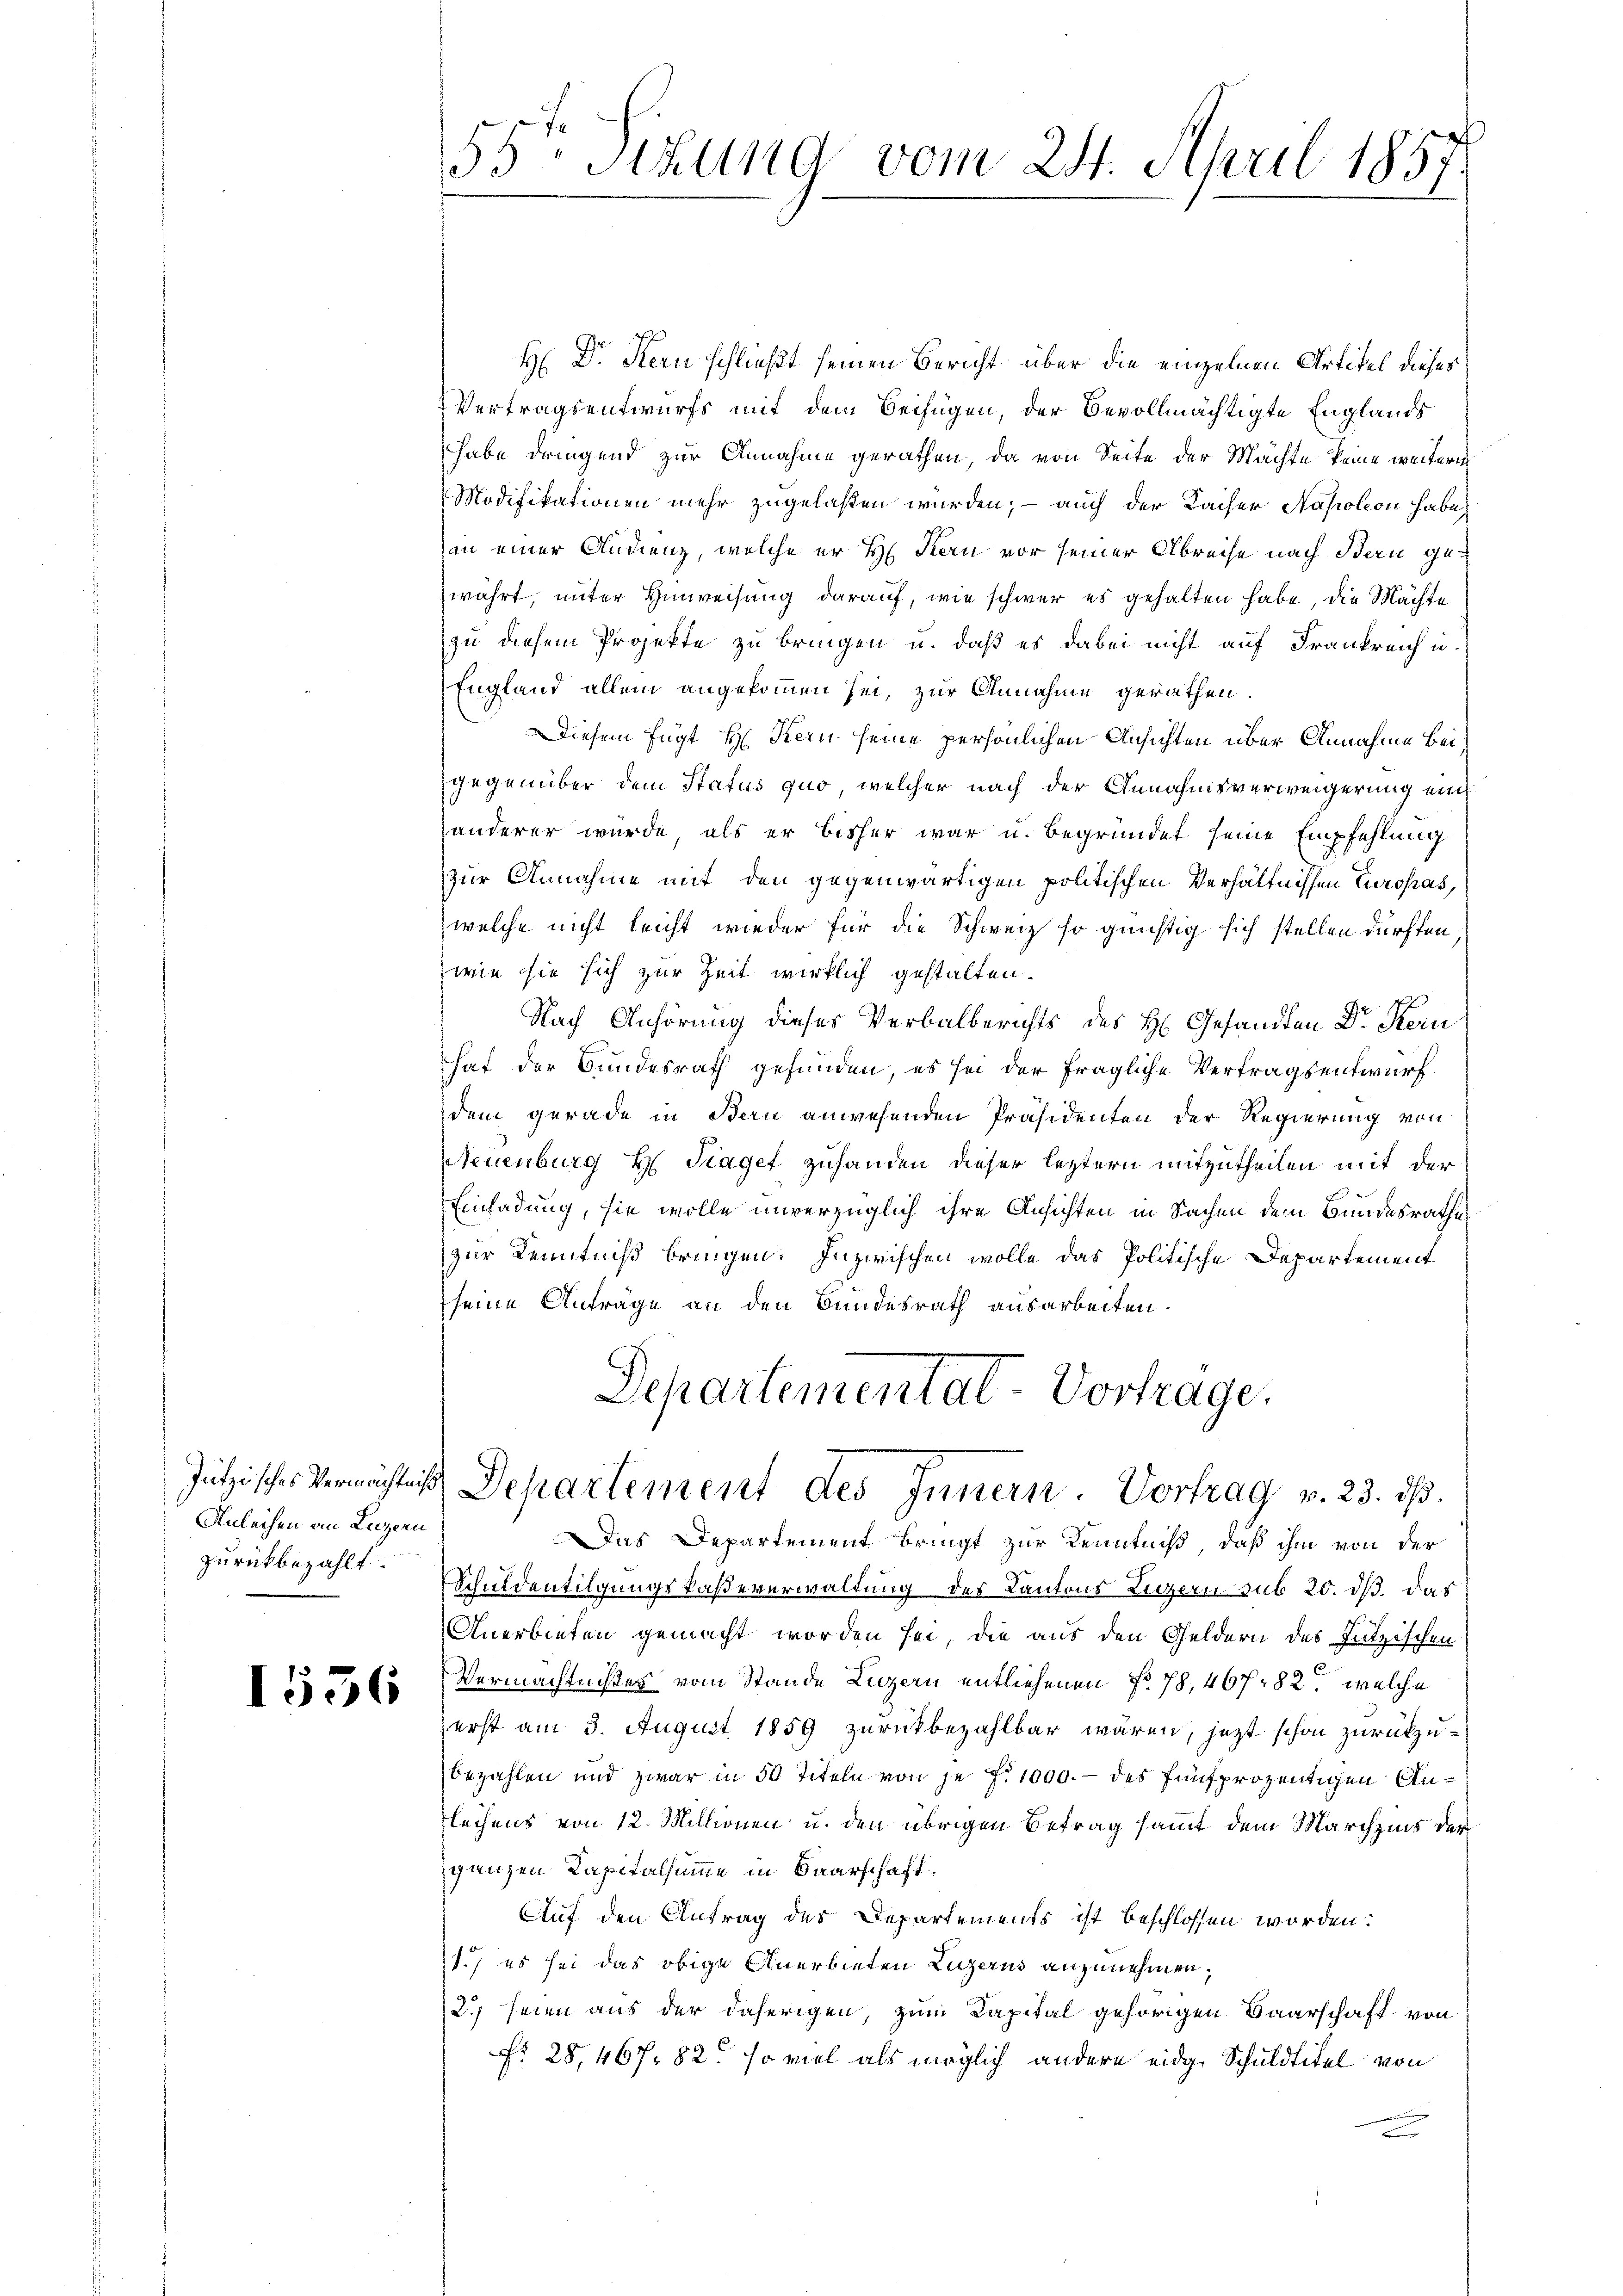
Anleihen an Luzern
zurückbezahlt.

1536

H Dr. Kern schließt seinen Bericht über die einzelnen Artikel dieses
Vertragsentwurfs mit dem Beifügen, der Bevollmächtigte Englands
habe dringend zur Annahme gerathen, da von Seite der Mächte keine weitere
Modifikationen mehr zugelaßen wurden; – auch der Kaiser Napoleon habe,
an einer Audienz, welche er H. Kern vor seiner Abreise nach Bern gewährt, unter Hinweisung darauf, wie schwer es gehalten habe, die Mächte
zu diesem Projekte zu bringen u. daß es dabei nicht auf Frankreich u.
England allein angekommen sei, zur Annahme gerathen.
Diesem fügt Hr. Kern seine persönlichen Ansichten über Annahme bei
gegenüber dem Status quo, welcher nach der Annahmsverweigerung ein
anderer würde, als er bisher war u. begründet seine Empfehlung
zur Annahme mit den gegenwärtigen politischen Verhältnissen Europas,
welche nicht leicht wieder für die Schweiz so günstig sich stellen dürften
zwie sie sich zur Zeit wirklich gestalten.
Nach Anhörung dieses Verbalberichts des H. Gesandten Dr. Kern
hat der Bundesrath gefunden, es sei der fragliche Vertragsentwurf
dem gerade in Bern anwesenden Präsidenten der Regierung von
Neuenburg H. Traget zuhanden dieser leztern mitzutheilen mit der
Einladung, sie wolle unverzüglich ihre Ansichten in Sachen dem Bundesrathes
zur Kenntniß bringen. Inzwischen wolle das Politische Departement
seine Anträge an den Bundesrath ausarbeiten.
Departementat-Vortrage.

Das Departement bringt zur Kenntniß, daß ihm von der
Schuldentilgungskaßeverwaltung des Kantons Luzern sub 20. ds. das
Anerbieten gemacht worden sei, die aus den Geldern des Jutzischen
Vermächtnißes vom Stande Luzern entliehenen No. 78,467 282. welche
erst am 3. August 1859 zurückbezahlbar wären, jezt schon zurückzubezahlen und zwar in 50 Titeln von je f. 1000. - des fünfprozentigen An¬
Flechens von 12. Millionen u. den übrigen Betrag sammt dem Marchzins der
ganzen Kapitalsumme in Baarschaft
Auf den Antrag des Departements ist beschlossen worden:
1.) es sei das obige Anerbieten Luzerns anzunehmen,
2.) seien aus der daherigen, zum Kapital gehörigen Baarschaft von
Nr. 28,467. 82. so viel als möglich andere eidge Schuldtitel von

55te Sitzung vom 24. April 1857.

Jützisches Vermächtnis Departement des Innern. Vortrag v. 23. ds.